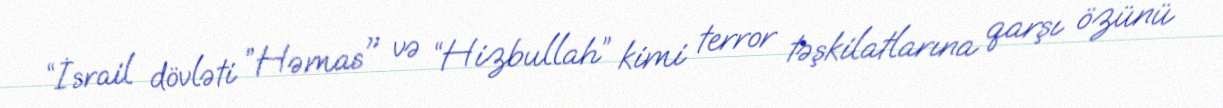
“İsrail dövləti ”Həmas" və “Hizbullah” kimi terror təşkilatlarına qarşı özünü